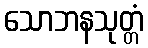
သောဘနသုတ္တံ